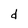
Character: d